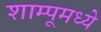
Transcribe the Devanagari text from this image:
शाम्पूमध्ये